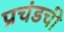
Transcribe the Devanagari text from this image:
प्रचंडची